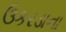
ઉકરડાના